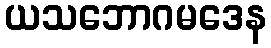
ယသဘောဂမဒေန